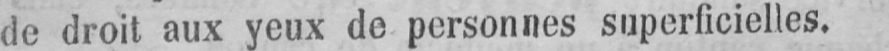
de droit aux yeux de personnes superficielles.